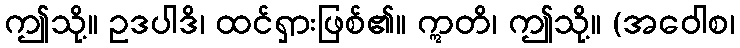
ဤသို့။ ဥဒပါဒိ၊ ထင်ရှားဖြစ်၏။ ဣတိ၊ ဤသို့။ (အဝေါစ၊